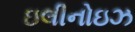
ઇલીનોઇઝ